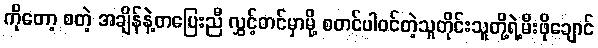
ကိုတော့ စတဲ့ အချိန်နဲ့တပြေးညီ လွှင့်တင်မှာမို့ စတင်ပါ၀င်တဲ့သူတိုင်းသူတို့ရဲ့မီးဖိုချောင်